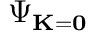
\Psi _ { { \bf K } = { \bf 0 } }